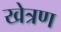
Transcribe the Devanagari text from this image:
खेत्रण